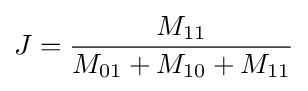
J={M_{11} \over M_{01}+M_{10}+M_{11}}